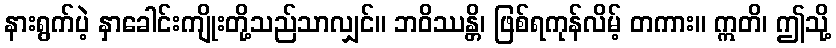
နားရွက်ပဲ့ နှာခေါင်းကျိုးတို့သည်သာလျှင်။ ဘဝိဿန္တိ၊ ဖြစ်ရကုန်လိမ့် တကား။ ဣတိ၊ ဤသို့